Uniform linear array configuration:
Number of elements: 48
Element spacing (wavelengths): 0.75
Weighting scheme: blackman
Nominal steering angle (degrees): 30
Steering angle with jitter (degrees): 31.973
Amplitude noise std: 0.05
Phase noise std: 0.05

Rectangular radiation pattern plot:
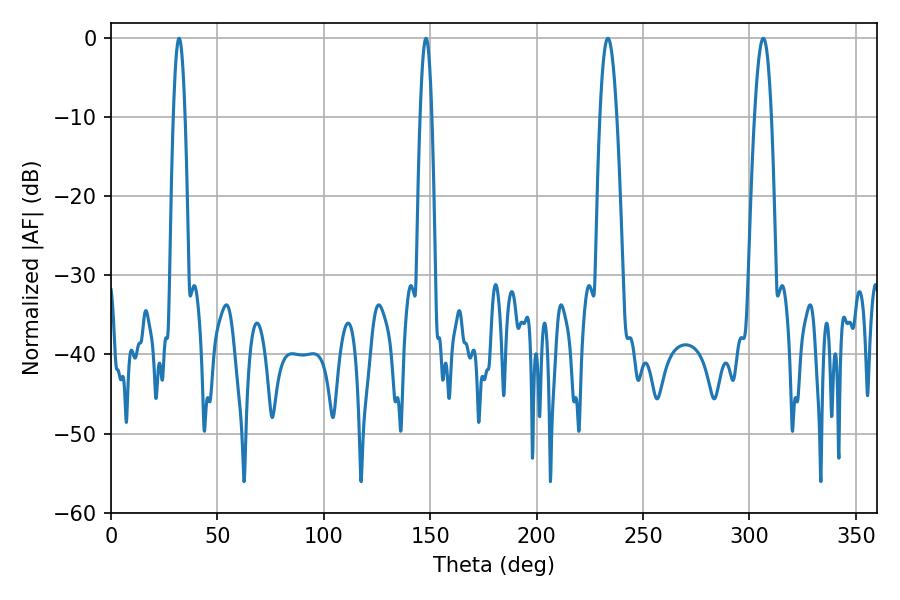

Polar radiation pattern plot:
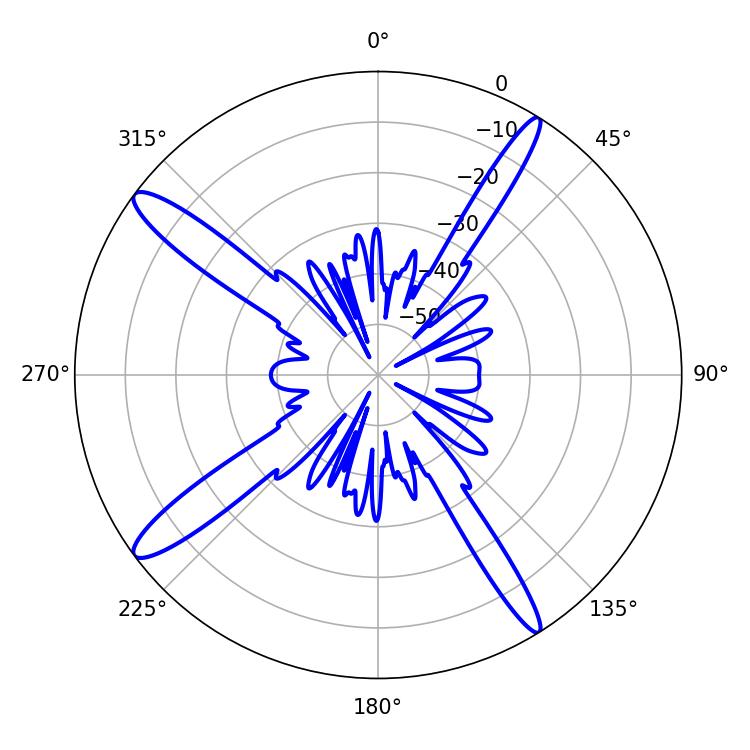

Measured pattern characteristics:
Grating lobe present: TRUE
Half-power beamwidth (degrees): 4.32
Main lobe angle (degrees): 233.46